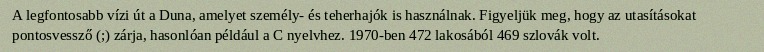
A legfontosabb vízi út a Duna, amelyet személy- és teherhajók is használnak. Figyeljük meg, hogy az utasításokat pontosvessző (;) zárja, hasonlóan például a C nyelvhez. 1970-ben 472 lakosából 469 szlovák volt.